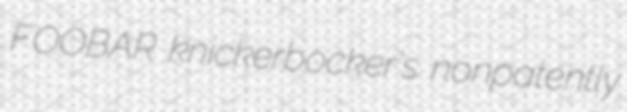
FOOBAR knickerbocker's nonpatently